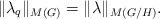
LaTeX: \begin{align*}\|\lambda_q\|_{M(G)}=\|\lambda\|_{M(G/H)}.\end{align*}